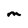
Character: M